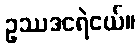
ဥဿဒငရဲငယ်။